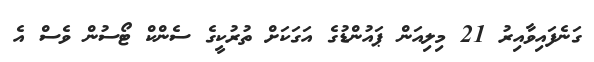
ގަނެފައިވާއިރު 21 މިލިއަން ޕައުންޑުގެ އަގަކަށް ތުރުކީގެ ސެންކް ޓޯސުން ވެސް އެ